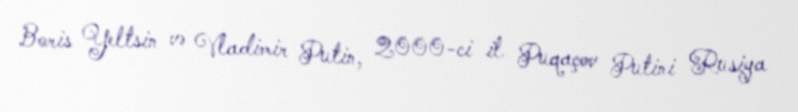
Boris Yeltsin və Vladimir Putin, 2000-ci il Puqaçov Putini Rusiya